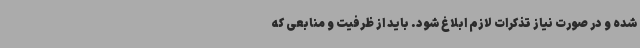
شده و در صورت نیاز تذکرات لازم ابلاغ شود. باید از ظرفیت و منابعی که